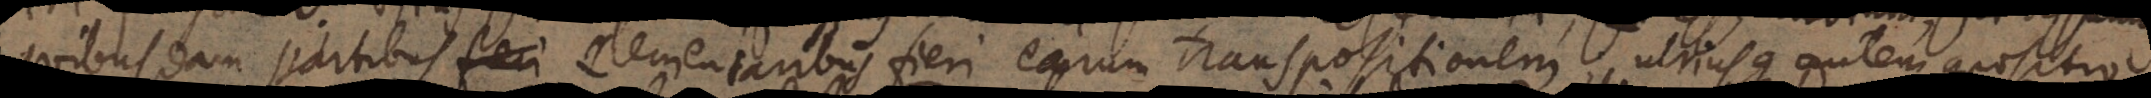
quibusdam partibus elementaribus fieri earum transpositionem; utriusque autem compositio